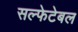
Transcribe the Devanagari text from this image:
सल्फेटेबल